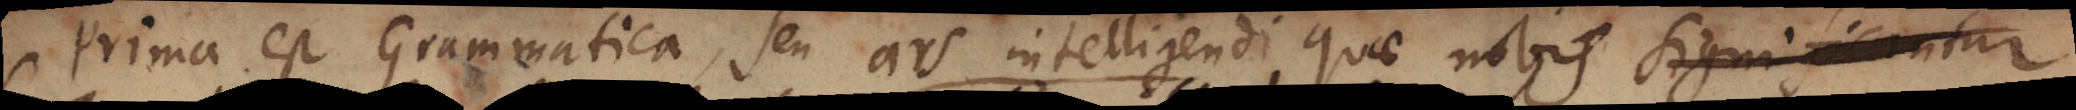
Prima est Grammatica, seu ars intelligendi quae nobis significantur